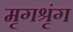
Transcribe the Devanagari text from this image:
मृगश्रृंग